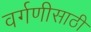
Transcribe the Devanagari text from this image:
वर्गणीसाठी